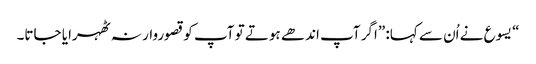
‏“‏ یسوع نے اُن سے کہا:‏ ”‏اگر آپ اندھے ہوتے تو آپ کو قصوروار نہ ٹھہرایا جاتا۔